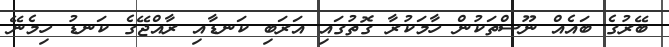
ބޭރުގެ ބައެއް ނޫސްތަކުން ހާމަކުރާ ގޮތުގައި އަރަބި ކަނޑާއި ރާއްޖޭގެ ކަނޑު ހިމެނޭ